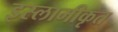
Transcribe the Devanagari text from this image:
इस्लामीकृत